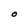
Character: O